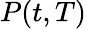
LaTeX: \textstyle P(t,T)